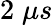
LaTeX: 2\; \mu s